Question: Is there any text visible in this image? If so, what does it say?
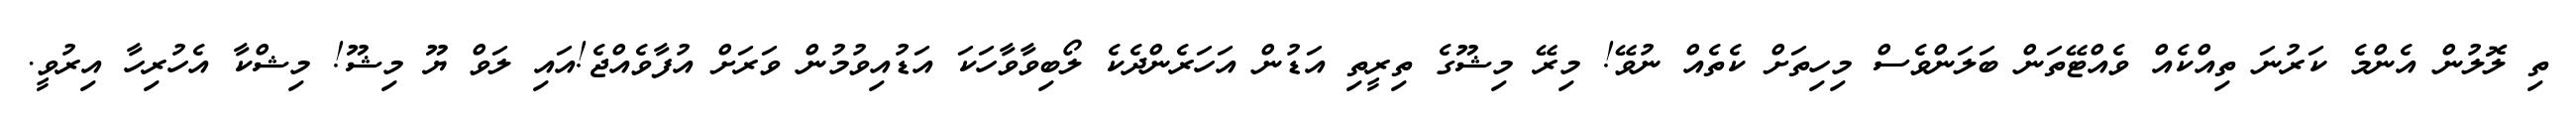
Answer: ތި ލޮލުން އެންމެ ކަރުނަ ތިއްކެއް ވެއްޓޭތަން ބަލަންވެސް މިހިތަށް ކެތެއް ނުވޭ! މިރޭ މިޝޫގެ ތިރީތި އަޑުން އަހަރެންދެކެ ލޯބިވާވާހަކަ އަޑުއިވުމުން ވަރަށް އުފާވެއްޖެ!އައި ލަވް ޔޫ މިޝޫ! މިޝްކާ އެހުރިހާ އިރުވީ.